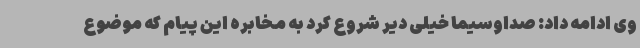
وی ادامه داد: صداوسیما خیلی دیر شروع کرد به مخابره این پیام که موضوع